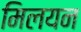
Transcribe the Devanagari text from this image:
मिलयन